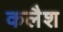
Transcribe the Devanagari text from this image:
कलैश